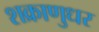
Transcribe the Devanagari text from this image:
शक्राणुधर